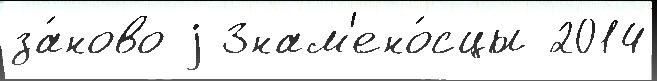
за́ново j Знам'ено́сцы 2014